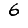
Digit: 6